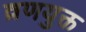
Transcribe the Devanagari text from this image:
व्रणयुक्त